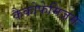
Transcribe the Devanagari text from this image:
कैकोफेमिज़म